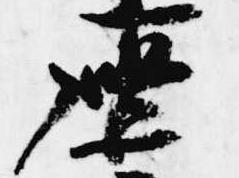
座